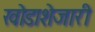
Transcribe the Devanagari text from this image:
खोडाशेजारी